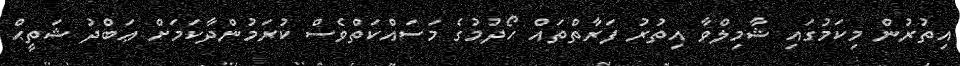
އިތުރުން މިކަމުގައި ޝާމިލްވާ އިތުރު ފަރާތްތައް ހޯދުމުގެ މަސައްކަތްވެސް ކުރަމުންދާކަމަށް ޢަބްދު ޝަތީޙް